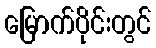
မြောက်ပိုင်းတွင်